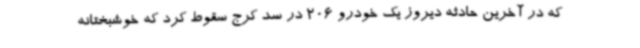
که در آخرین حادثه دیروز یک خودرو 206 در سد کرج سقوط کرد که خوشبختانه